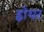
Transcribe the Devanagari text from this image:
ह्वोथर